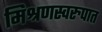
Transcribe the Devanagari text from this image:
मिश्रणस्वरुपात